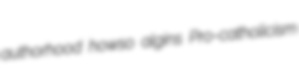
authorhood howso algins Pro-catholicism